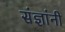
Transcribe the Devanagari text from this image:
संज्ञांनी